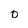
Character: 0